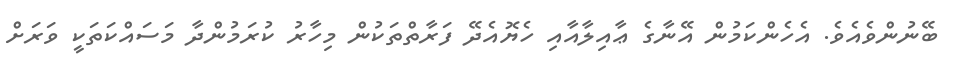
ބޭނުންވެއެވެ. އެހެންކަމުން އޭނާގެ ޢާއިލާއާއި ހެޔޮއެދޭ ފަރާތްތަކުން މިހާރު ކުރަމުންދާ މަސައްކަތަކީ ވަރަށް